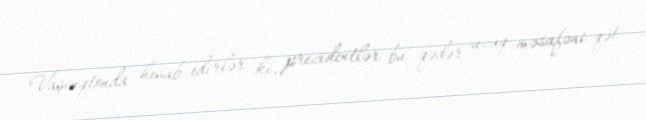
Vaşinqtonda hesab edirlər ki, prezidentlər bu qədər uzaq məsafəni qət